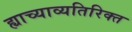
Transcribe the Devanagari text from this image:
ह्याच्याव्यतिरिक्त